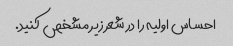
احساس اولیه را در شعر زیر مشخص کنید.